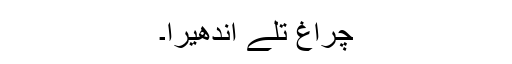
چراغ تلے اندھیرا۔